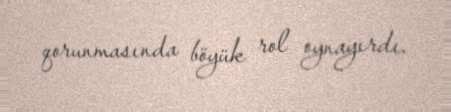
qorunmasında böyük rol oynayırdı.